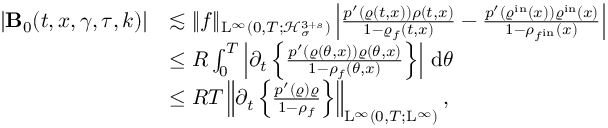
\begin{array} { r l } { \vert \mathbf { B } _ { 0 } ( t , x , \gamma , \tau , k ) \vert } & { \lesssim \Vert f \Vert _ { \mathrm { L } ^ { \infty } ( 0 , T ; \mathcal { H } _ { \sigma } ^ { 3 + s } ) } \left\vert \frac { p ^ { \prime } ( \varrho ( t , x ) ) \rho ( t , x ) } { 1 - \varrho _ { f } ( t , x ) } - \frac { p ^ { \prime } ( \varrho ^ { \mathrm { i n } } ( x ) ) \varrho ^ { \mathrm { i n } } ( x ) } { 1 - \rho _ { f ^ { \mathrm { i n } } } ( x ) } \right\vert } \\ & { \leq R \int _ { 0 } ^ { T } \left\vert \partial _ { t } \left\lbrace \frac { p ^ { \prime } ( \varrho ( \theta , x ) ) \varrho ( \theta , x ) } { 1 - \rho _ { f } ( \theta , x ) } \right\rbrace \right\vert \, \mathrm { d } \theta } \\ & { \leq R T \left\Vert \partial _ { t } \left\lbrace \frac { p ^ { \prime } ( \varrho ) \varrho } { 1 - \rho _ { f } } \right\rbrace \right\Vert _ { \mathrm { L } ^ { \infty } ( 0 , T ; \mathrm { L } ^ { \infty } ) } , } \end{array}